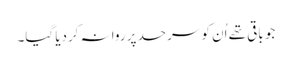
جو باقی تھے اُن کو سرحد پر روانہ کردیا گیا۔